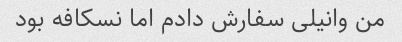
من وانیلی سفارش دادم اما نسکافه بود